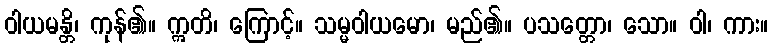
ဝါယမန္တိ၊ ကုန်၏။ ဣတိ၊ ကြောင့်။ သမ္မဝါယမော၊ မည်၏။ ပသတ္တော၊ သော။ ဝါ၊ ကား။